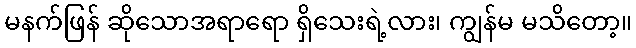
မနက်ဖြန် ဆိုသောအရာရော ရှိသေးရဲ့လား၊ ကျွန်မ မသိတော့။